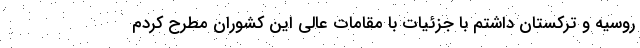
روسیه و ترکستان داشتم با جزئیات با مقامات عالی این کشوران مطرح کردم